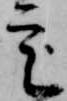
定